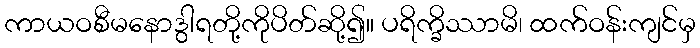
ကာယဝစီမနောဒွါရတို့ကိုပိတ်ဆို့၍။ ပရိက္ခိဿာမိ၊ ထက်ဝန်းကျင်မှ